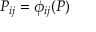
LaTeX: P _ { i j } = \phi _ { i j } ( P )